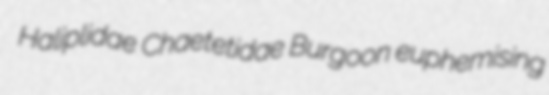
Haliplidae Chaetetidae Burgoon euphemising